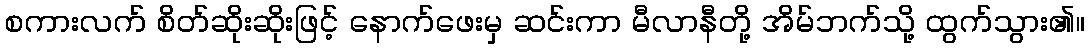
စကားလက် စိတ်ဆိုးဆိုးဖြင့် နောက်ဖေးမှ ဆင်းကာ မီလာနီတို့ အိမ်ဘက်သို့ ထွက်သွား၏။